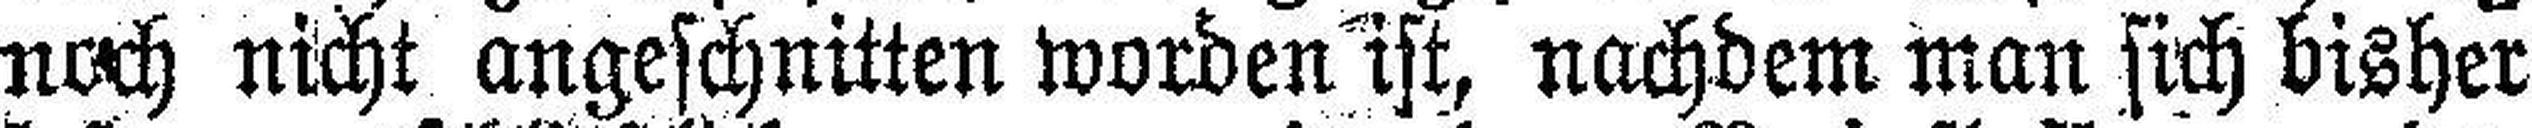
noch nicht angeschnitten worden ist, nachdem man sich bisher